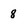
Character: 8